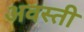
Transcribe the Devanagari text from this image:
अवस्ती